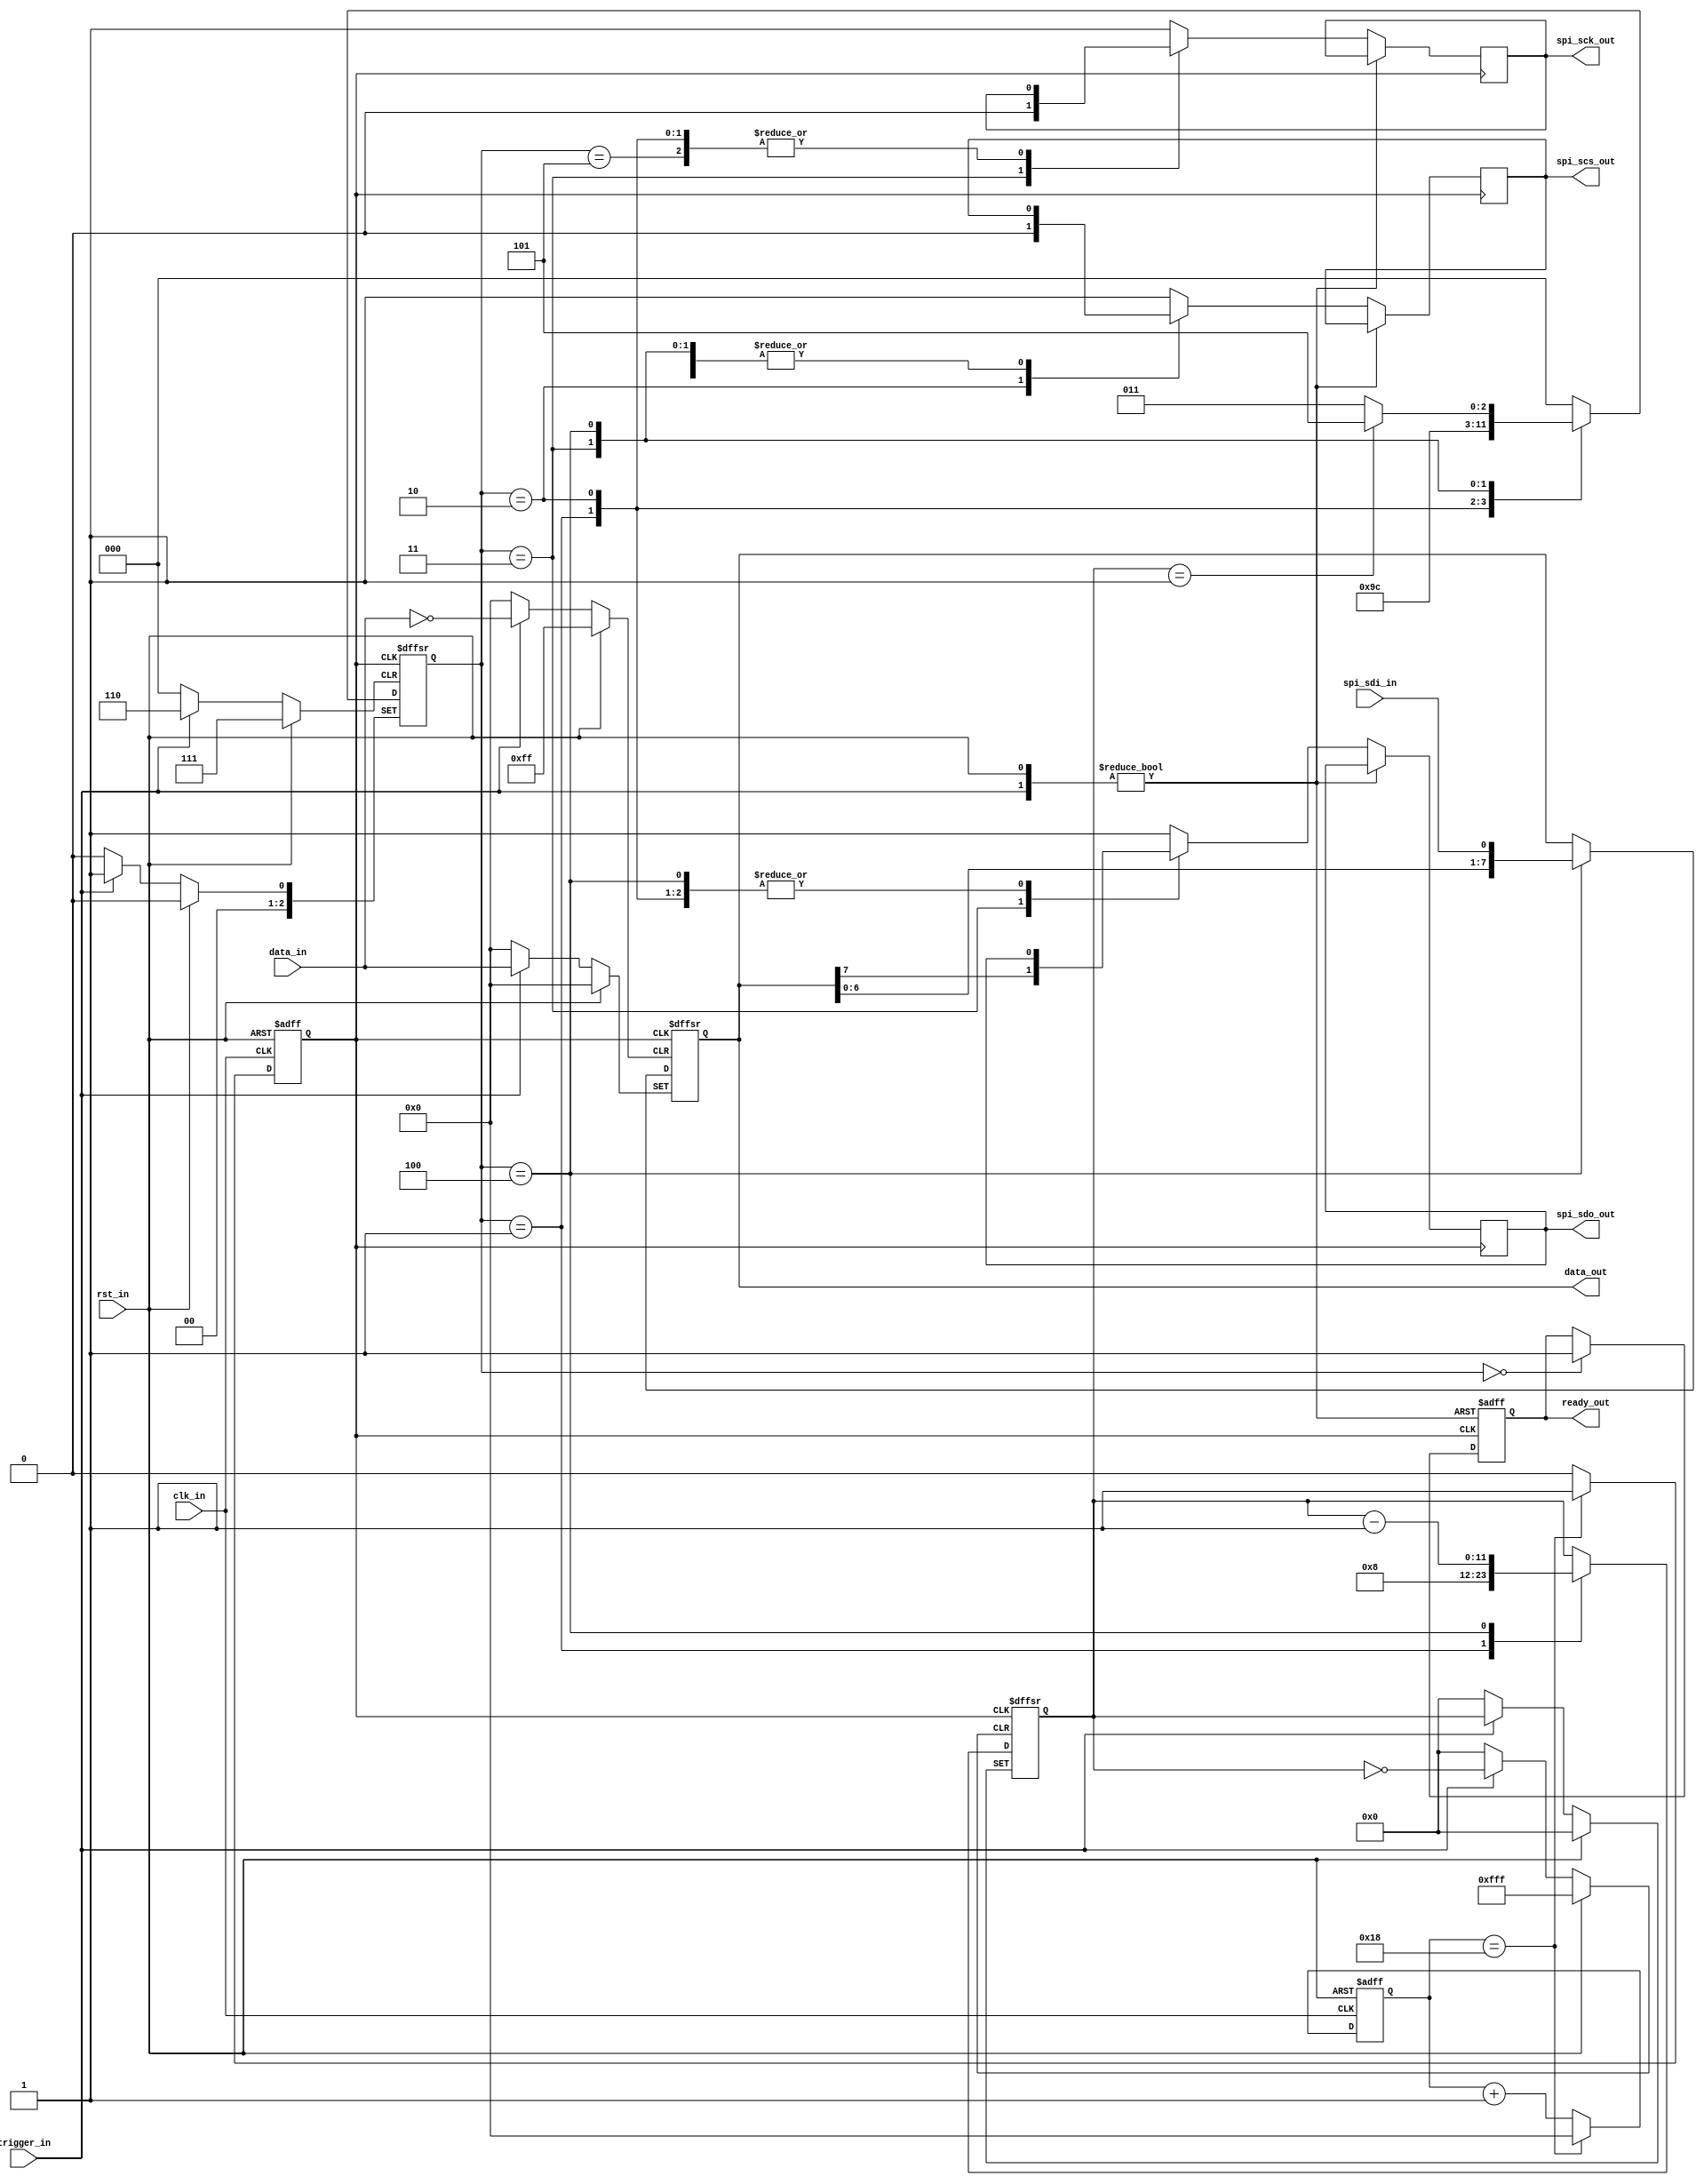
module SPI(
	input	 wire										clk_in,
	input	 wire						   			rst_in,

	input  wire							 			trigger_in,
	input  wire	[TRANSFER_SIZE-1:0] 			data_in,
	output reg	[N_SDI*TRANSFER_SIZE-1:0]	data_out,
	output reg										ready_out,
	
	output reg						 				spi_scs_out,
	output reg						 				spi_sck_out,
	output reg						 				spi_sdo_out,
	input  wire	[N_SDI-1:0]		 				spi_sdi_in
);

// Parameters
parameter TRANSFER_SIZE	 = 8;	// size of data transfer in bits (<= 4096)
parameter SPI_CLK_DIV    = 8'h19; // run the SPI clock at 2 MHz
parameter SPI_POLARITY	 = 1'b1; // SDO is clocked into the slave device on the rising edge of SCK
parameter N_SDI			 = 1; // number of parallel SDI lines (only 1 and 3 work at present)

// SPI clock divider
reg       spi_clk;
reg [7:0] clk_counter;

always @(posedge clk_in or posedge rst_in) begin
	if (rst_in) begin
		clk_counter <= 8'b0;
		spi_clk <= 1'b0;
	end
	else begin
		if (clk_counter == (SPI_CLK_DIV - 8'b1)) begin
			clk_counter <= 8'b0;
			spi_clk <= 1'b1;
		end
		else begin
			clk_counter <= clk_counter + 8'b1;
			spi_clk <= 1'b0;
		end
	end
end

// State machine definitions
localparam IDLE 	= 3'h0;
localparam TRIG	= 3'h1;
localparam SPI1	= 3'h2;
localparam SPI2	= 3'h3;
localparam SPI3	= 3'h4;
localparam SPI4	= 3'h5;

// State
// The next line makes synthesis happy
// synthesis attribute INIT of state_f is "R"
reg   			    [2:0] state_f;
reg  				   [11:0] counter_f;

// State machine - combinatorial part
function [2:0] next_state;
	input   				   [2:0] state;
	input   				  [11:0] counter;
	
	begin
		case (state)
			IDLE: 
				next_state = IDLE;
			TRIG:
					next_state = SPI1;
			SPI1:
					next_state = SPI2;
			SPI2:
					next_state = SPI3;
			SPI3:
				if (counter == 12'b1)
					next_state = SPI4;
				else
					next_state = SPI2;
			SPI4:
					next_state = IDLE;
			default:
					next_state = IDLE;
		endcase
	end
endfunction

// State machine - sequential part
always @(posedge spi_clk or posedge rst_in or posedge trigger_in) begin
	if (rst_in) begin
		state_f <= IDLE;
		counter_f <= 12'b0;
		data_out <= 8'b0;
		ready_out <= 1'b0;
	end
	else if (trigger_in) begin
		state_f <= TRIG;
		data_out <= data_in;
		ready_out <= 1'b0;
	end
	else begin
		state_f <= next_state(state_f, counter_f);
		case (state_f)
			IDLE: begin
				ready_out <= 1'b1;
				spi_scs_out <= 1'b1;
				spi_sck_out <= SPI_POLARITY;
				spi_sdo_out <= 1'b1;
			end
			TRIG: begin
				counter_f <= TRANSFER_SIZE;
			end
			SPI1: begin
				spi_scs_out <= 1'b0;
			end
			SPI2: begin
				spi_sck_out <= ~SPI_POLARITY;
				spi_sdo_out <= data_out[TRANSFER_SIZE-1];
			end
			SPI3: begin
				if (N_SDI == 1)
					data_out <= {data_out[TRANSFER_SIZE-2:0], spi_sdi_in};
				else if (N_SDI == 3)
					data_out <= {data_out[2*TRANSFER_SIZE+:TRANSFER_SIZE-1], spi_sdi_in[2],
									 data_out[1*TRANSFER_SIZE+:TRANSFER_SIZE-1], spi_sdi_in[1],
									 data_out[0*TRANSFER_SIZE+:TRANSFER_SIZE-1], spi_sdi_in[0]};
				counter_f <= counter_f - 12'b1;
				spi_sck_out <= SPI_POLARITY;
			end
			SPI4: begin
				spi_scs_out <= 1'b1;
				spi_sdo_out <= 1'b1;
			end
			default: begin
				spi_scs_out <= 1'b1;
				spi_sck_out <= SPI_POLARITY;
				spi_sdo_out <= 1'b1;
			end
		endcase
	end
end

endmodule